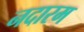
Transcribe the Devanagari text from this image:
नदारम